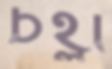
চহ্লা